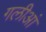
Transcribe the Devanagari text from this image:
गलीआं